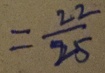
= \frac { 2 2 } { 2 5 }